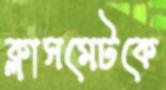
ক্লাসমেটকে